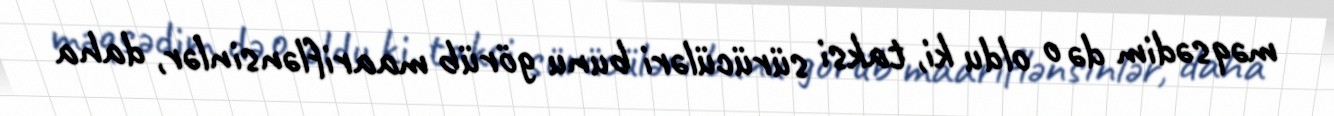
məqsədim də o oldu ki, taksi sürücüləri bunu görüb maariflənsinlər, daha